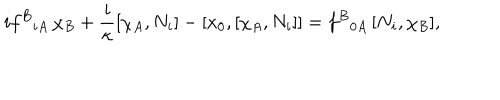
LaTeX: i f ^ { B } { } _ { i A } \, \chi _ { B } + \frac { i } \kappa [ \chi _ { A } , N _ { i } ] - [ x _ { 0 } , [ \chi _ { A } , N _ { i } ] ] = f ^ { B } { } _ { 0 A } \, [ N _ { i } , \chi _ { B } ] ,